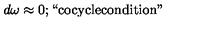
d \omega \approx 0 ; \mathrm { ` ` c o c y c l e c o n d i t i o n " }